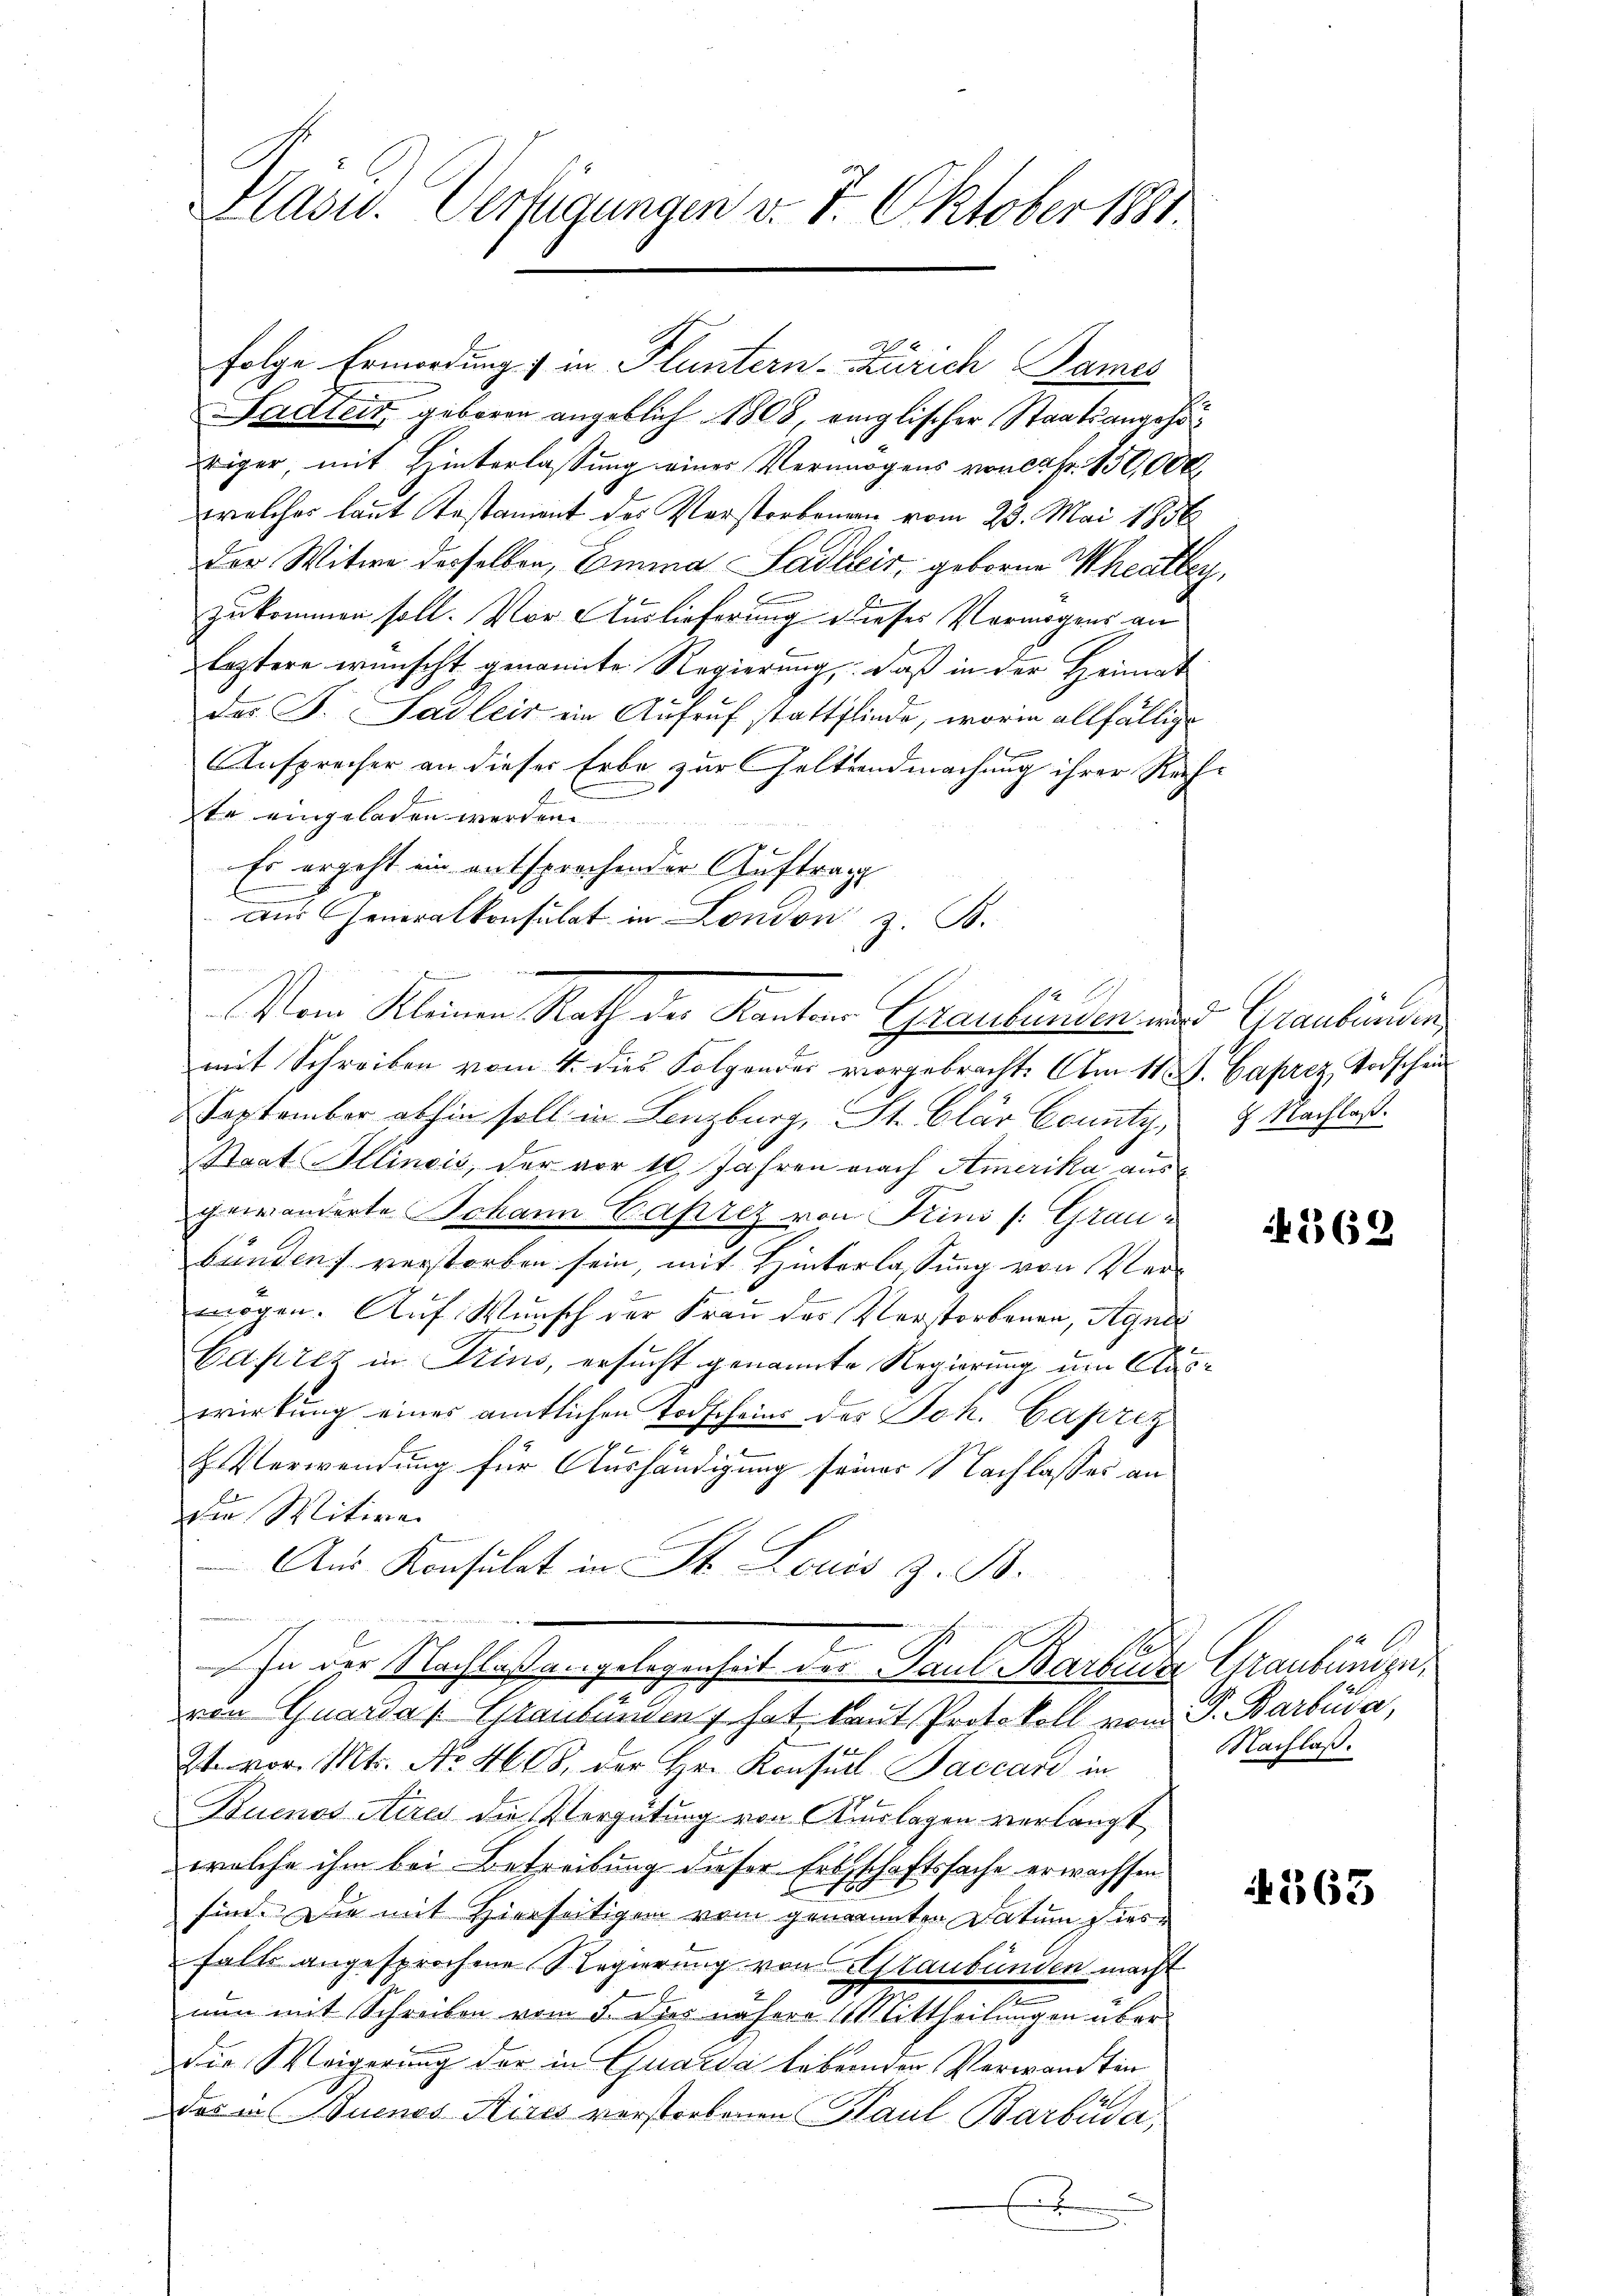
Kasu. Verfügungen v. 7. Oktober 1881.

folge Ermordung & in Fluntern-Zürich Sames
Sadtert, geboren angeblich 1808, einglischer Staatsangehö
riger, mit Hinterlassung eines Vermögens von ca Fr. 150,000
welches laut Testament des Verstorbenen vom 25. Mai 1856
Der Witwe derselben, Emma Sadler, geborne Theater,
zukommen soll. Vor Auslieferung dieses Vermögens an
leztere wünscht genannte Regierung, daß in der Heimat
des F. Sadleis ein Aufruf stattfinde, worin allfällige
Ansprecher an dieser Erbe zur Geltendmachung ihrer Rechte eingeladen werden
Es ergeht ein entsprochender Auftrag
mit Schreiben vom 4. dies Folgender vorgebracht. Am 11. J. Caprez, Todschein
September abhin soll in Lenzburg, St. Clar County,
Staat Illinois, der vor 10 Jahren nach Amerika aus
gewänderte Johann Caprez von Klini /: Graubunden verstorben sein, mit Hinterlassung von Verwogen. Auf Wunsch der Frau des Verstorbenen, Agne
Caprez in Zins, ersucht genannte Regierung um Claswirkung eines amtlichen Todscheins der Joh. Caprez
.
H. Verwendung für Aushändigung seiner Nachlasses an
Die Witwe.
Aus Konsulat in St. Louis Z. B.
h
In der Nachlaßangelegenheit der Paul Barbenze Graubünden,
von Guarda   Graubünden hat, laut Protokoll von P. Barbuda,
2t. vor. Mts. No. 4608, der Hr. Konsul Baccard in
Buenos Aires die Vergütung von Auslagen verlangt
wolche ihm bei Betreibung dieser Erthschaftssache erwachsen
sind. Die mit Hierseitigen vom genannten Datum dies
Falte angesprochene Regierung von Altaubünden macht
nun mit Schreiben vom 5. dies nähere Mittheilungen überdie Weigerung der in Quarda lebenden Verwandten
das in Buenos Aires verstorbenen Paul Barbüda,
E

Aus Generalkonsulat in London z. B.
Vom Kleinen Rath der Kantons Graubünden des Graubünden

9 Nachlaß.

369

Nachlaß.

4363